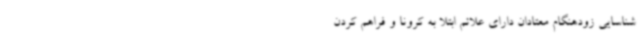
شناسایی زودهنگام معتادان دارای علائم ابتلا به کرونا و فراهم کردن